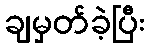
ချမှတ်ခဲ့ပြီး